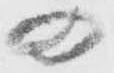
の